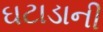
ઘટાડાની